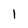
Character: 1